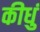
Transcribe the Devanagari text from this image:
कीधुं